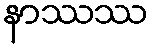
နာဿဿ